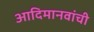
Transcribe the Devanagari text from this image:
आदिमानवांची